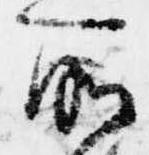
所